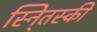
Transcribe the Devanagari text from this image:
स्नि्तस्की